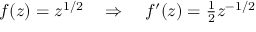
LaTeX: f ( z ) = z ^ { 1 / 2 } \quad \Rightarrow \quad f ^ { \prime } ( z ) = { \textstyle { \frac { 1 } { 2 } } } z ^ { - 1 / 2 }